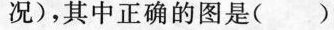
况），其中正确的图是（）